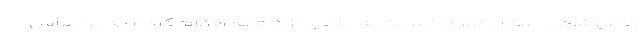
دامپزشکی استان تهران نسبت به بازدید از دام‌ها اقدام کرده که بر اساس